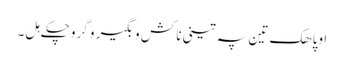
اوپاھک تین پہ تینی نا کش و بگیر و گروچکے ہل ۔